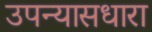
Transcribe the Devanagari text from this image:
उपन्यासधारा